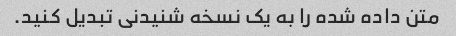
متن داده شده را به یک نسخه شنیدنی تبدیل کنید.